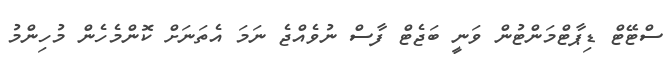
ސްޓޭޓް ޑިޕާޓްމަންޓުން ވަނީ ބަޖެޓް ފާސް ނުވެއްޖެ ނަމަ އެތަނަށް ކޮންމެހެން މުހިންމު